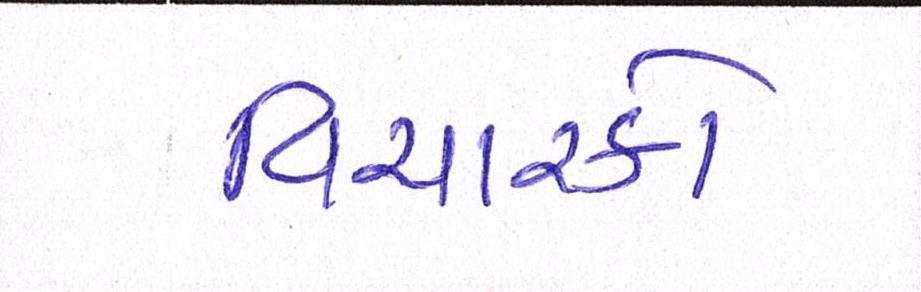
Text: વિચારકો